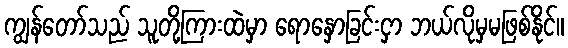
ကျွန်တော်သည် သူတို့ကြားထဲမှာ ရောနှောခြင်းငှာ ဘယ်လိုမှမဖြစ်နိုင်။